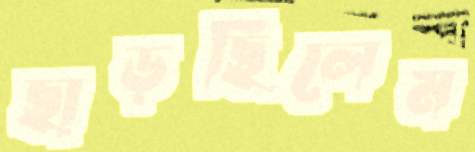
ছাড়ছিলেম